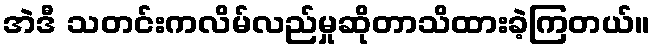
အဲဒီ သတင်းကလိမ်လည်မှုဆိုတာသိထားခဲ့ကြတယ်။